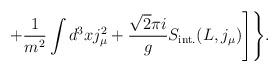
LaTeX: \begin{align*}+\frac{1}{m^2}\int d^3xj_\mu^2+\frac{\sqrt{2}\pi i}{g}S_{\rm int.}(L, j_\mu)\Biggr]\Biggr\}.\end{align*}